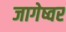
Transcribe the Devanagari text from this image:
जागेष्वर